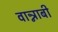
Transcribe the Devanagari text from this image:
वान्नाबी